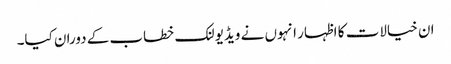
ان خیالات کا اظہار انہوں نے ویڈیو لنک خطاب کے دوران کیا۔